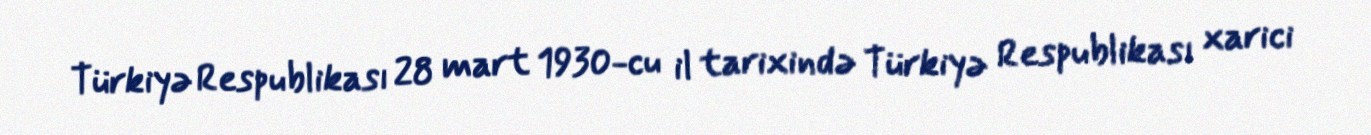
Türkiyə Respublikası 28 mart 1930-cu il tarixində Türkiyə Respublikası xarici